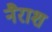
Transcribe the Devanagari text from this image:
नैराश